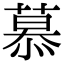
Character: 慕